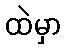
ထဲမှာ